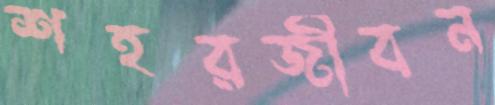
শহরজীবন